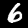
Label: 6